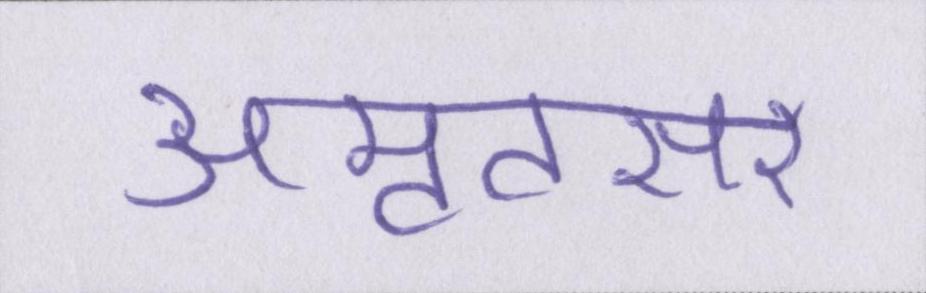
अमृतसर